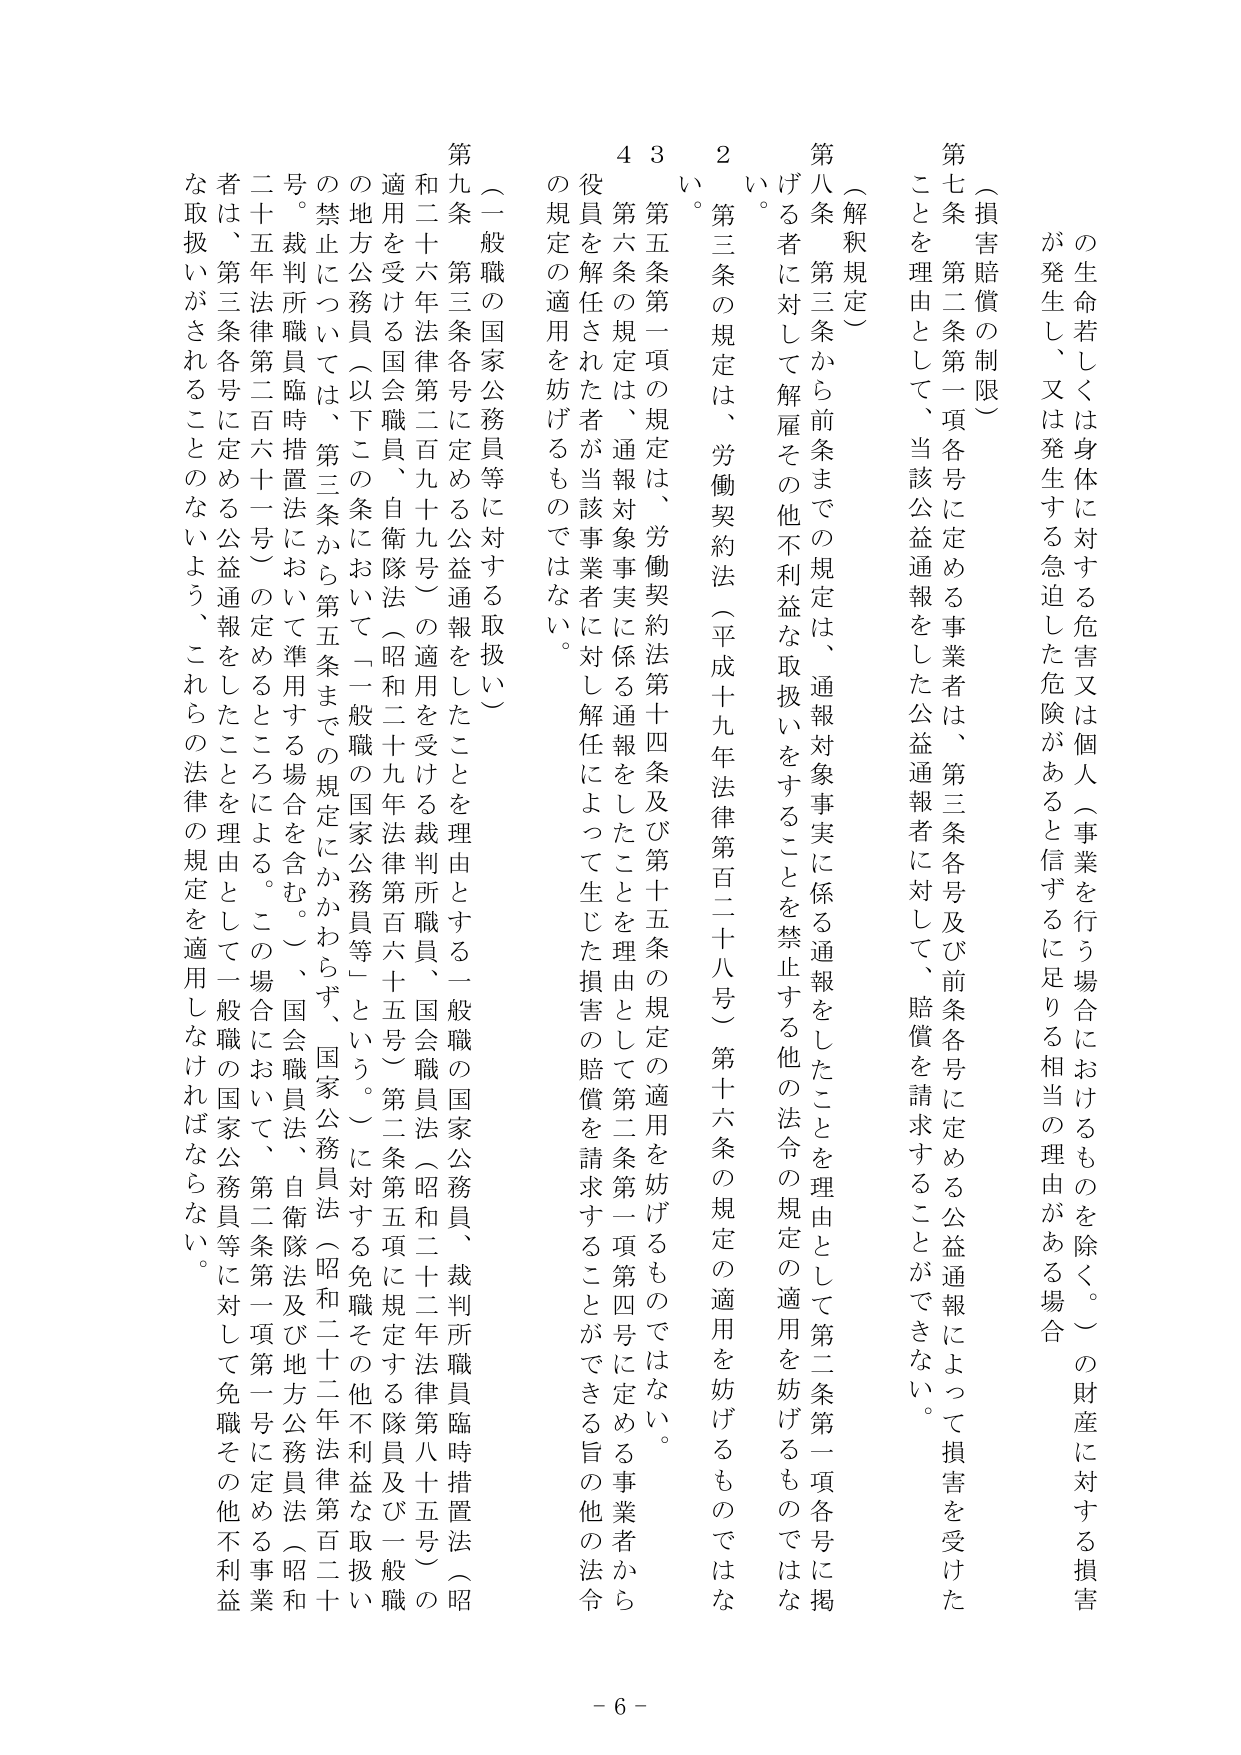
の生命若しくは身体に対する危害又は個人（事業を行う場合におけるものを除く。）の財産に対する損害が発生し、又は発生する急迫した危険があると信ずるに足りる相当の理由がある場合

（損害賠償の制限）

第七条 第二条第一項各号に定める事業者は、第三条各号及び前条各号に定める公益通報によって損害を受けたことを理由として、当該公益通報者に対して、賠償を請求することができない。

（解釈規定）

第八条 第三条から前条までの規定は、通報対象事実に係る通報をしたことを理由として第二条第一項各号に掲げる者に対して解雇その他不利益な取扱いをすることを禁止する他の法令の規定の適用を妨げるものではない。

２ 第三条の規定は、労働契約法（平成十九年法律第百二十八号）第十六条の規定の適用を妨げるものではない。

３ 第五条第一項の規定は、労働契約法第十四条及び第十五条の規定の適用を妨げるものではない。

４ 第六条の規定は、通報対象事実に係る通報をしたことを理由として第二条第一項第四号に定める事業者から役員を解任された者が当該事業者に対し解任によって生じた損害の賠償を請求することができる旨の他の法令の規定の適用を妨げるものではない。

（一般職の国家公務員等に対する取扱い）

第九条 第三条各号に定める公益通報をしたことを理由とする一般職の国家公務員、裁判所職員臨時措置法（昭和二十六年法律第二百九十九号）の適用を受ける国会職員、自衛隊法（昭和二十九年法律第百六十五号）第二条第五項に規定する隊員及び一般職の地方公務員（以下この条において「一般職の国家公務員等」という。）に対する免職その他不利益な取扱いの禁止については、第三条から第五条までの規定にかかわらず、国家公務員法（昭和二十二年法律第百二十二号。裁判所職員臨時措置法において準用する場合を含む。）、国会職員法、自衛隊法及び地方公務員法（昭和二十五年法律第二百六十一号）の定めるところによる。この場合において、第二条第一項第一号に定める事業者は、第三条各号に定める公益通報をしたことを理由として一般職の国家公務員等に対して免職その他不利益な取扱いがされることのないよう、これらの法律の規定を適用しなければならない。

- 6 -